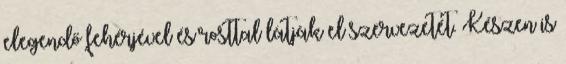
elegendő fehérjével és rosttal látják el szervezetét. Készen is